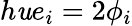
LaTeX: h\mathit{u}e_{i}=2\phi_{i}